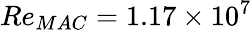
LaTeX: Re_{MAC}=1.17\times 10^{7}